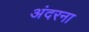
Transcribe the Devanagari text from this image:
अंदरना